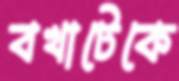
বখাটেকে